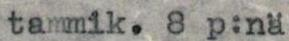
tammik. 8 p:nä